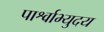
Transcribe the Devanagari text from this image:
पार्श्वाभ्युदय